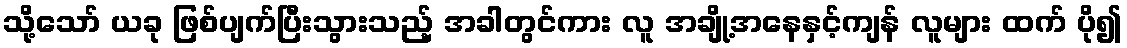
သို့သော် ယခု ဖြစ်ပျက်ပြီးသွားသည့် အခါတွင်ကား လူ အချို့အနေနှင့်ကျန် လူများ ထက် ပို၍